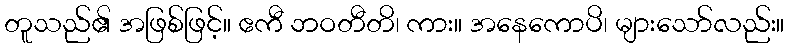
တူသည်၏ အဖြစ်ဖြင့်။ ဧကီ ဘဝတီတိ၊ ကား။ အနေကောပိ၊ များသော်လည်း။